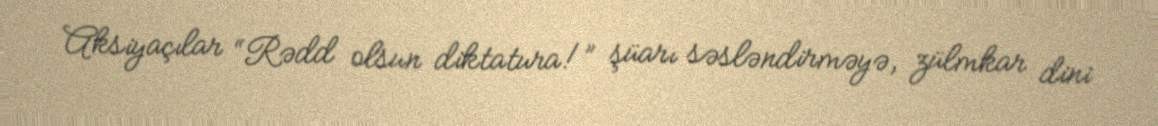
Aksiyaçılar “Rədd olsun diktatura!” şüarı səsləndirməyə, zülmkar dini